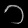
Digit: ၁